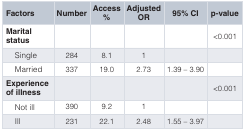
<table><thead><tr><td><b>Factors</b></td><td><b>Number</b></td><td><b>Access%</b></td><td><b>AdjustedOR</b></td><td><b>95% CI</b></td><td><b>p-value</b></td></tr></thead><tbody><tr><td><b>Marital</b><b>status</b></td><td></td><td></td><td></td><td></td><td>&lt;0.001</td></tr><tr><td>Single</td><td>284</td><td>8.1</td><td>1</td><td></td><td> </td></tr><tr><td>Married</td><td>337</td><td>19.0</td><td>2.73</td><td>1.39 – 3.90</td><td> </td></tr><tr><td><b>Experience</b><b>of illness</b></td><td></td><td></td><td></td><td></td><td>&lt;0.001</td></tr><tr><td>Not ill</td><td>390</td><td>9.2</td><td>1</td><td></td><td> </td></tr><tr><td>Ill</td><td>231</td><td>22.1</td><td>2.48</td><td>1.55 – 3.97</td><td> </td></tr></tbody></table>